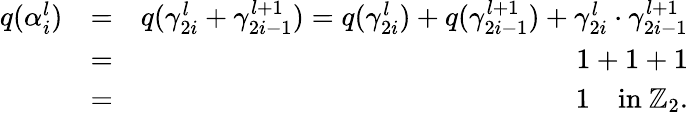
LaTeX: \begin{array}{rlr}{q(\alpha_{i}^{l})}&{=}&{q(\gamma_{2i}^{l}+\gamma_{2i-1}^{l+1})=q(\gamma_{2i}^{l})+q(\gamma_{2i-1}^{l+1})+\gamma_{2i}^{l}\cdot\gamma_{2i-1}^{l+1}}\\ &{=}&{1+1+1}\\ &{=}&{1\quad\mathrm{in~}\mathbb{Z}_{2}.}\end{array}